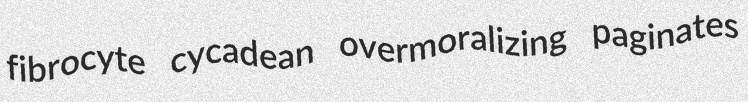
fibrocyte cycadean overmoralizing paginates